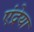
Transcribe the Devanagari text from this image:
एंद्रेया